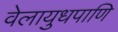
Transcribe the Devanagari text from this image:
वेलायुधपाणि